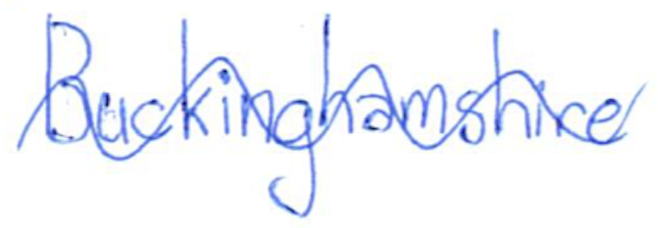
Text: Buckinghamshire
Cross-out: wave
Writing tool: ballpoint